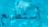
أستطيع